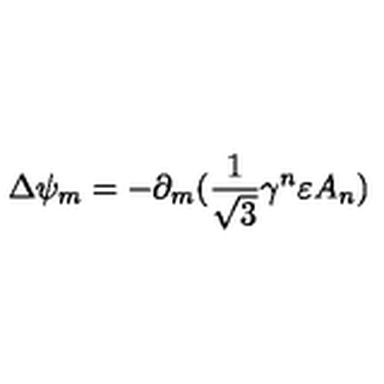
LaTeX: \Delta \psi _ { m } = - \partial _ { m } ( \frac { 1 } { \sqrt { 3 } } \gamma ^ { n } \varepsilon A _ { n } )